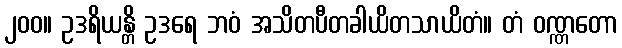
၂၀၀။ ဥဒရိယန္တိ ဥဒရေ ဘဝံ အသိတပီတခါယိတသာယိတံ။ တံ ဝဏ္ဏတော